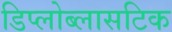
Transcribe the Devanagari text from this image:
डिप्लोब्लासटिक